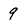
Character: 9